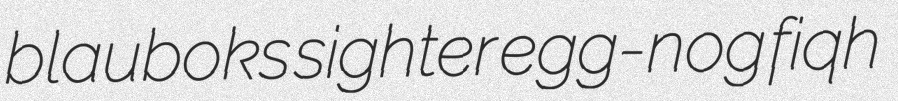
blauboks sighter egg-nog fiqh